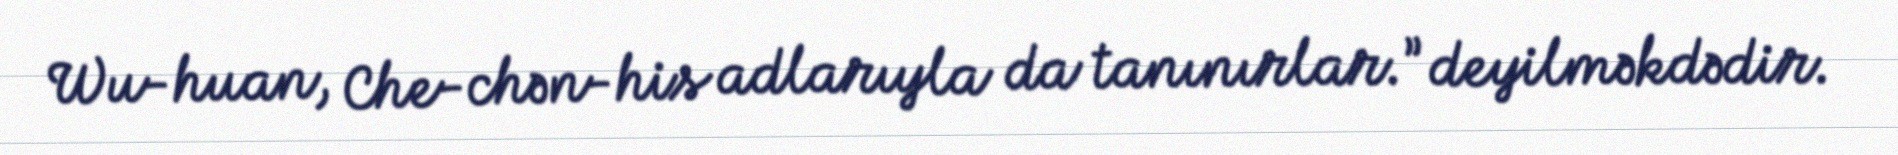
Wu-huan, Che-chən-his adlarıyla da tanınırlar.” deyilməkdədir.